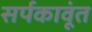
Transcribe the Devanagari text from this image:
सर्पकावूंत